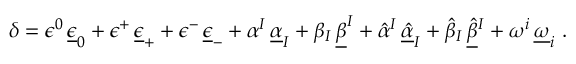
\delta = \epsilon ^ { 0 } \, \underline { { \epsilon } } _ { 0 } + \epsilon ^ { + } \, \underline { { \epsilon } } _ { + } + \epsilon ^ { - } \, \underline { { \epsilon } } _ { - } + \alpha ^ { I } \, \underline { { \alpha } } _ { I } + \beta _ { I } \, \underline { { \beta } } ^ { I } + \hat { \alpha } { } ^ { I } \, \underline { { { \hat { \alpha } } } } _ { I } + \hat { \beta } _ { I } \, \underline { { { \hat { \beta } } } } { } ^ { I } + \omega ^ { i } \, \underline { { \omega } } _ { i } \ .